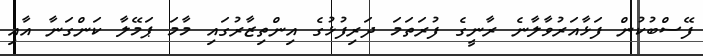
ފޭސްބުކުން ފަޅާއަރުވާލާނެ ރާނީގެ ފުރަތަމަ ދަރިފުޅުގެ އިންތިޒާރުގައި މާމަ ޕަމޭލާ ކަންގަނާ އާއި